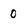
Character: 0